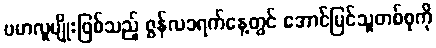
ဗမာလူမျိုးဖြစ်သည့် ဇွန်လ၁ရက်နေ့တွင် အောင်မြင်သူတစ်စုကို